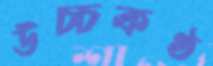
উচ্চকণ্ঠ